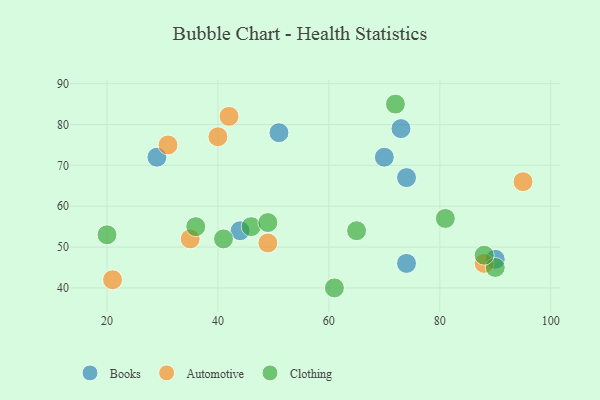
{"axis": {"x": "GDP", "y": "Life Expectancy"}, "legend": ["Automotive", "Books", "Clothing"], "data": [{"x": "74", "y": 46, "type": "Books"}, {"x": "51", "y": 78, "type": "Books"}, {"x": "29", "y": 72, "type": "Books"}, {"x": "73", "y": 79, "type": "Books"}, {"x": "70", "y": 72, "type": "Books"}, {"x": "90", "y": 47, "type": "Books"}, {"x": "44", "y": 54, "type": "Books"}, {"x": "74", "y": 67, "type": "Books"}, {"x": "49", "y": 51, "type": "Automotive"}, {"x": "21", "y": 42, "type": "Automotive"}, {"x": "42", "y": 82, "type": "Automotive"}, {"x": "95", "y": 66, "type": "Automotive"}, {"x": "88", "y": 46, "type": "Automotive"}, {"x": "31", "y": 75, "type": "Automotive"}, {"x": "40", "y": 77, "type": "Automotive"}, {"x": "35", "y": 52, "type": "Automotive"}, {"x": "41", "y": 52, "type": "Clothing"}, {"x": "72", "y": 85, "type": "Clothing"}, {"x": "46", "y": 55, "type": "Clothing"}, {"x": "65", "y": 54, "type": "Clothing"}, {"x": "81", "y": 57, "type": "Clothing"}, {"x": "20", "y": 53, "type": "Clothing"}, {"x": "49", "y": 56, "type": "Clothing"}, {"x": "90", "y": 45, "type": "Clothing"}, {"x": "88", "y": 48, "type": "Clothing"}, {"x": "36", "y": 55, "type": "Clothing"}, {"x": "61", "y": 40, "type": "Clothing"}]}